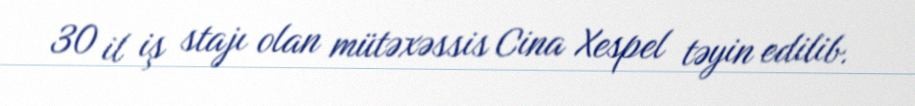
30 il iş stajı olan mütəxəssis Cina Xespel təyin edilib.